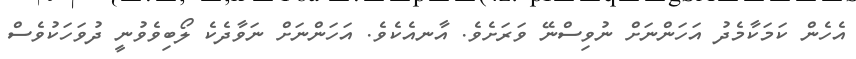
އެހެން ކަމަކާމެދު އަހަންނަށް ނުވިސްނޭ ވަރަށެވެ. އާނއެކެވެ. އަހަންނަށް ނަވާދެކެ ލޯބިވެވުނީ ދުވަހަކުވެސް